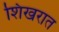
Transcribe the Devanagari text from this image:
शिखरात